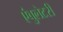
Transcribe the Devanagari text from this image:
एंबुलेटरी